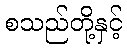
စသည်တို့နှင့်